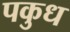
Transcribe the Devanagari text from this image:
पकुध